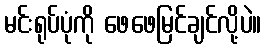
မင်းရုပ်ပုံကို ဖေဖေမြင်ချင်လို့ပဲ။